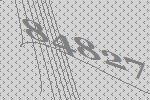
84827